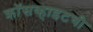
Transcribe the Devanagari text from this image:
क्रॉसव्हाइटची